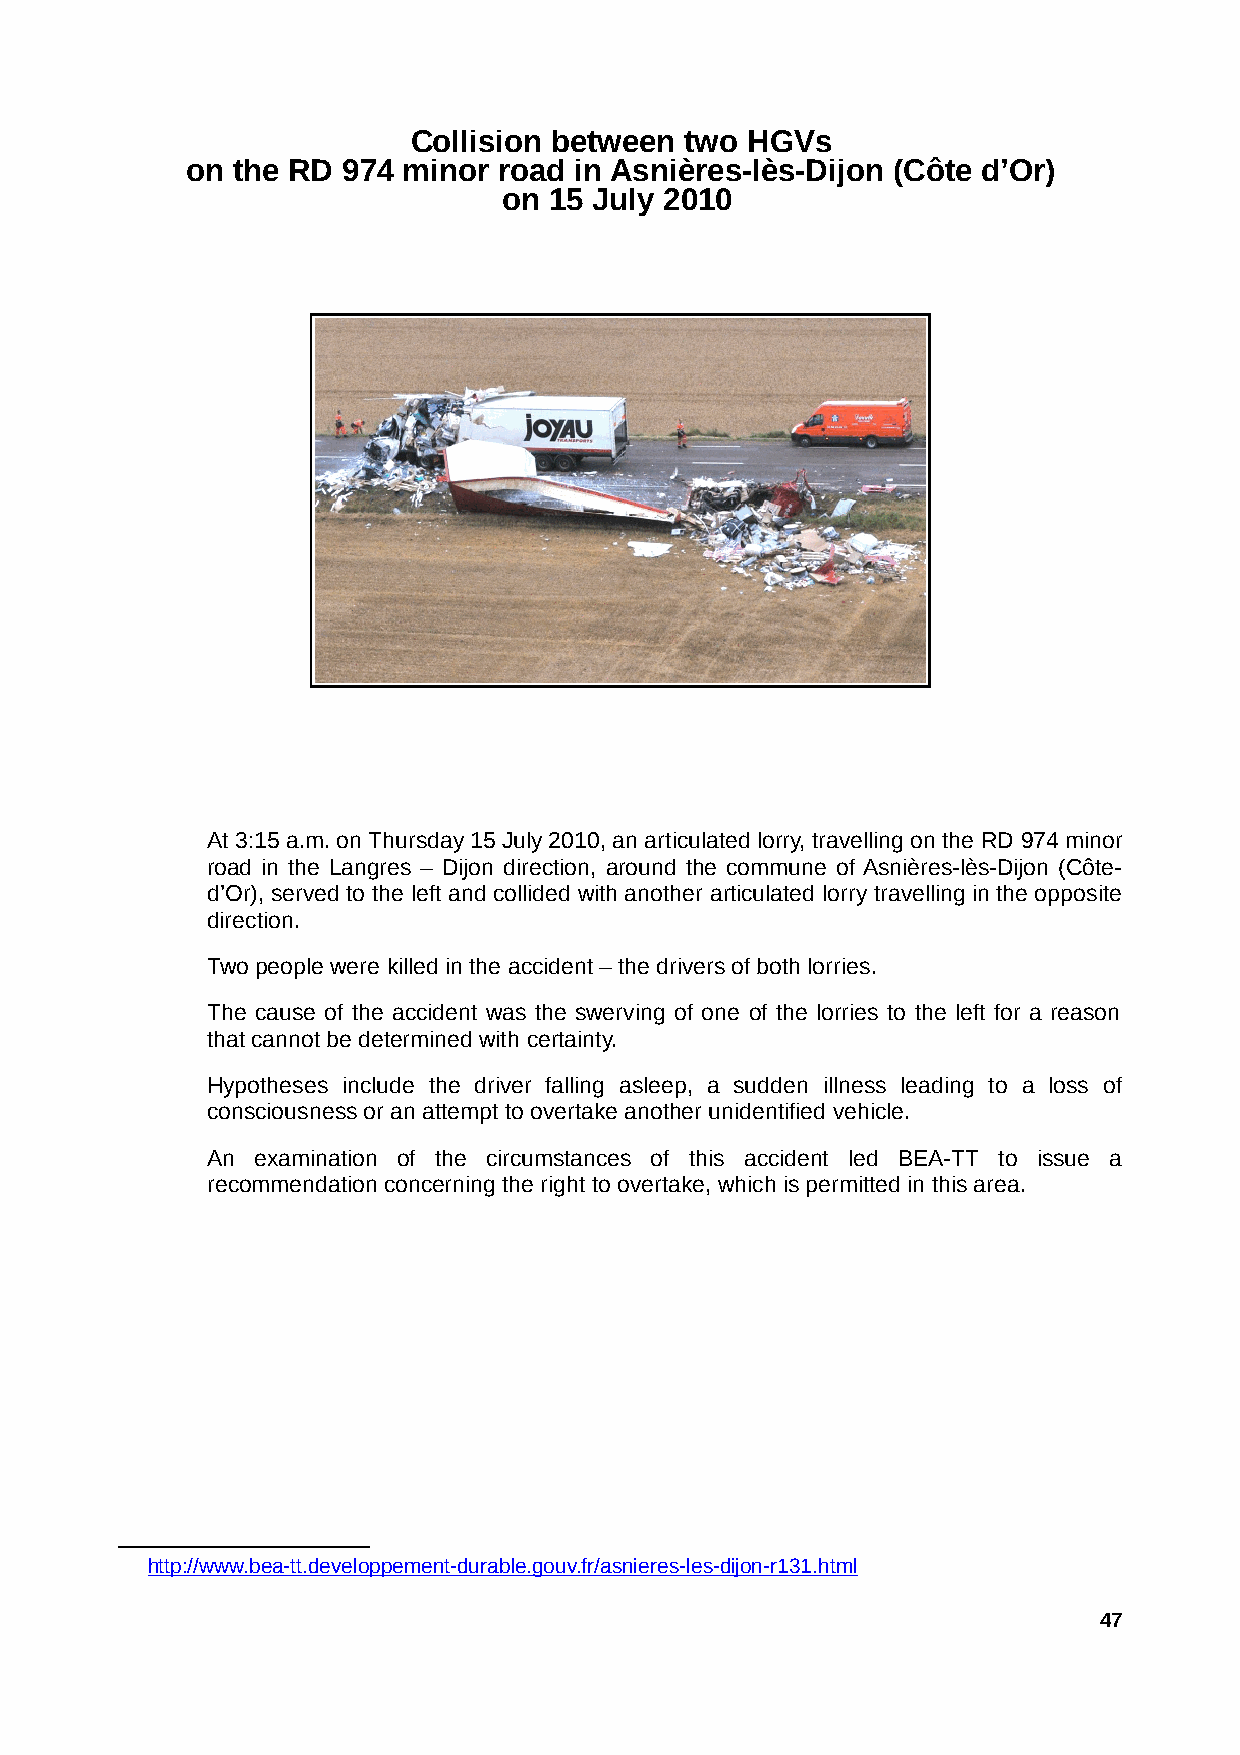
Collision between two HGVs
 on the RD  974 minor road in Asnières-lès-Dijon (Côte d’Or)
 on 15 July 2010
 At 3:15 a.m. on Thursday 15 July 2010, an articulated lorry, travelling on the RD 974 minor
 road in the Langres – Dijon direction, around the commune of Asnières-lès-Dijon (Côte-
 d’Or), served to the left and collided with another articulated lorry travelling in the opposite
 direction.
 Two people were killed in the accident – the drivers of both lorries.
 The cause of the accident was the swerving of one of the lorries to the left for a reason
 that cannot be determined with certainty.
 Hypotheses include the driver falling asleep, a sudden illness leading to a loss of
 consciousness or an attempt to overtake another unidentified vehicle.
 An examination of the circumstances of this accident led BEA-TT to issue a
 recommendation concerning the right to overtake, which is permitted in this area.
 http://www.bea-tt.developpement-durable.gouv.fr/asnieres-les-dijon-r131.htm l
 47